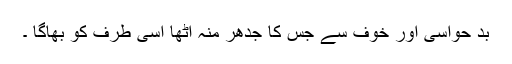
بد حواسی اور خوف سے جس کا جدھر منہ اٹھا اسی طرف کو بھاگا ۔